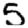
Digit: 5